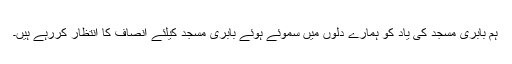
ہم بابری مسجد کی یاد کو ہمارے دلوں میں سموئے ہوئے بابری مسجد کیلئے انصاف کا انتظار کررہے ہیں۔